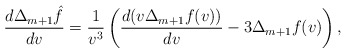
\begin{align*} \frac{d\Delta_{m+1}\hat{f}}{dv}=\frac{1}{v^3}\left(\frac{d(v\Delta_{m+1}f(v))}{dv}-3\Delta_{m+1}f(v)\right),\end{align*}